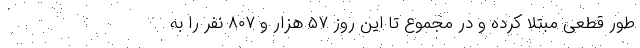
طور قطعی مبتلا کرده و در مجموع تا این روز ۵۷ هزار و ۸۰۷ نفر را به